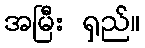
အမြီး ရှည်။